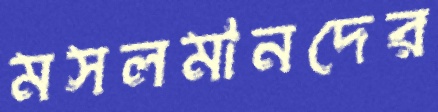
মসলমানদের